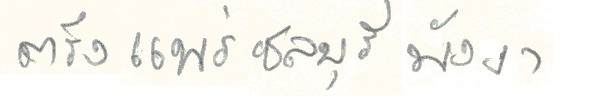
ตรังแพร่ชลบุรีพังงา